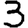
Digit: 3